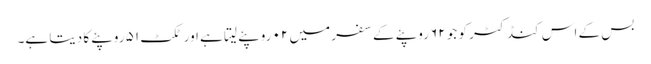
بس کے اس کنڈکٹر کو جو ۶۲ روپئے کے سفر میں ۰۲ روپئے لیتا ہے اور ٹکٹ ۵۱ روپئے کا دیتا ہے۔